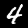
Label: 4